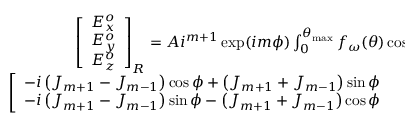
\begin{array} { r } { \begin{array} { r } { \left[ \begin{array} { l } { E _ { x } ^ { o } } \\ { E _ { y } ^ { o } } \\ { E _ { z } ^ { o } } \end{array} \right] _ { R } = A i ^ { m + 1 } \exp ( i m \phi ) \int _ { 0 } ^ { \theta _ { \operatorname* { m a x } } } f _ { \omega } ( \theta ) \cos ^ { 3 / 2 } \theta \sin ^ { 2 } \theta \exp ( i k z \cos \theta ) } \\ { ~ ~ ~ ~ ~ ~ ~ ~ ~ ~ ~ ~ ~ ~ ~ ~ ~ ~ ~ ~ ~ ~ ~ \left[ \begin{array} { l } { - i \left( J _ { m + 1 } - J _ { m - 1 } \right) \cos \phi + \left( J _ { m + 1 } + J _ { m - 1 } \right) \sin \phi } \\ { - i \left( J _ { m + 1 } - J _ { m - 1 } \right) \sin \phi - \left( J _ { m + 1 } + J _ { m - 1 } \right) \cos \phi \ ~ ~ ~ ~ ~ ~ ~ ~ ~ ~ ~ ~ ~ ~ ~ ~ ~ ~ 2 \tan \theta J _ { m } } \end{array} \right] d \theta } \end{array} } \end{array}